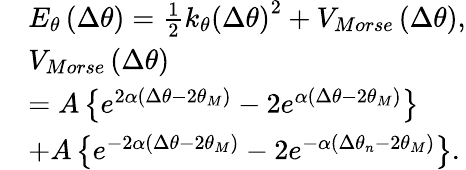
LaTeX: \begin{array}{rl}&{E_{\theta}\left(\Delta{{\theta}}\right)=\frac{1}{2}{{k}_{\theta}}{{\left(\Delta{{\theta}}\right)}^{2}}+{{V}_{Morse}}\left(\Delta{{\theta}}\right),}\\ &{{{V}_{Morse}}\left(\Delta{{\theta}}\right)}\\ &{=A\left\{ {{e}^{2\alpha\left(\Delta{{\theta}}-2\theta_{M}\right)}}-2{{e}^{\alpha\left(\Delta{{\theta}}-2\theta_{M}\right)}}\right\} }\\ &{+A\left\{ {{e}^{-2\alpha\left(\Delta{{\theta}}-2\theta_{M}\right)}}-2{{e}^{-\alpha\left(\Delta{{\theta}_{n}}-2\theta_{M}\right)}}\right\} .}\end{array}